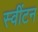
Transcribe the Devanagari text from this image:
स्वींटन